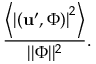
\frac { \left< \left| ( \mathbf { u } ^ { \prime } , \boldsymbol { \Phi } ) \right| ^ { 2 } \right> } { | | \boldsymbol { \Phi } | | ^ { 2 } } .